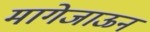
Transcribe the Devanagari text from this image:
मागेजाऊन